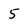
Character: 5